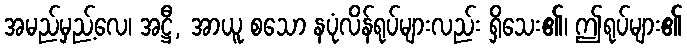
အမည်မှည့်လေ၊ အဋ္ဌီ, အာယူ စသော နပုံလိန်ရုပ်များလည်း ရှိသေး၏၊ ဤရုပ်များ၏